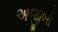
અજીબો